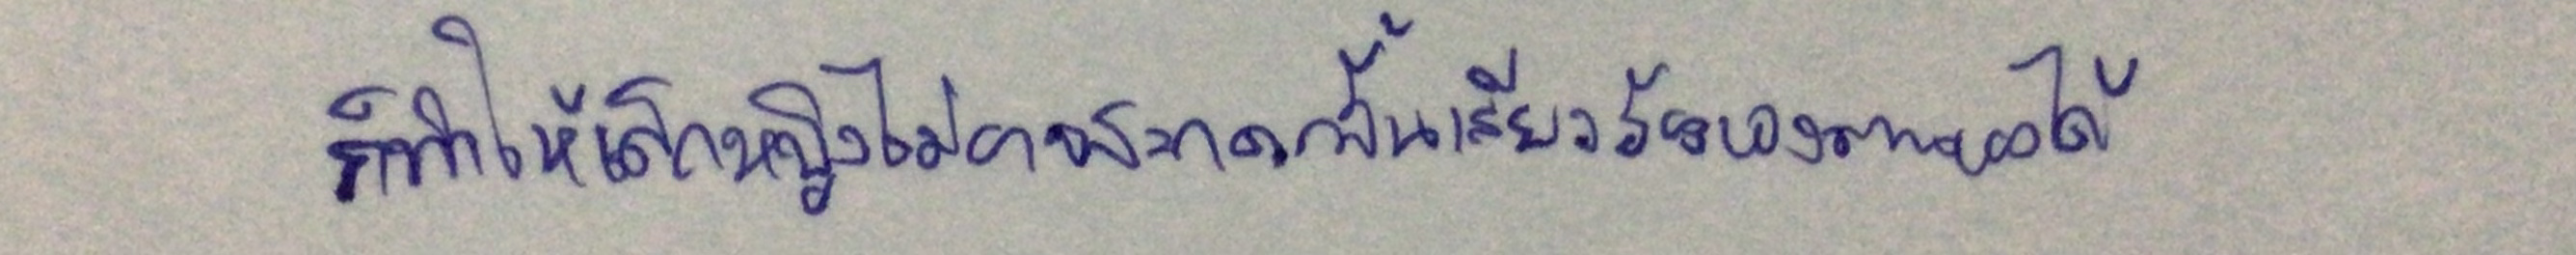
ก็ทำให้เด็กหญิงไม่อาจสะกดกลั้นเสียงร้องของตนเองได้...